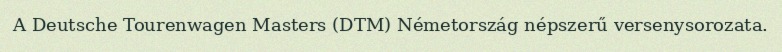
A Deutsche Tourenwagen Masters (DTM) Németország népszerű versenysorozata.